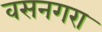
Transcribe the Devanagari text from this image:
वसनगरा